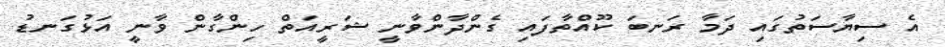
އެ ސިޔާސަތުގައި ދަމާ ރަނބަ ކޫއްތާފައި ގެންދާންވާނީ ޝަރީއަތް ހިންގާން ވާނީ އަޅުގަނޑު